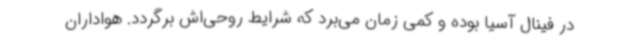
در فینال آسیا بوده و کمی زمان می‌برد که شرایط روحی‌اش برگردد. هواداران